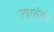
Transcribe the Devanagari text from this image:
उपस्तंभक